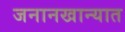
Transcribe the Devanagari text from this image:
जनानखान्यात